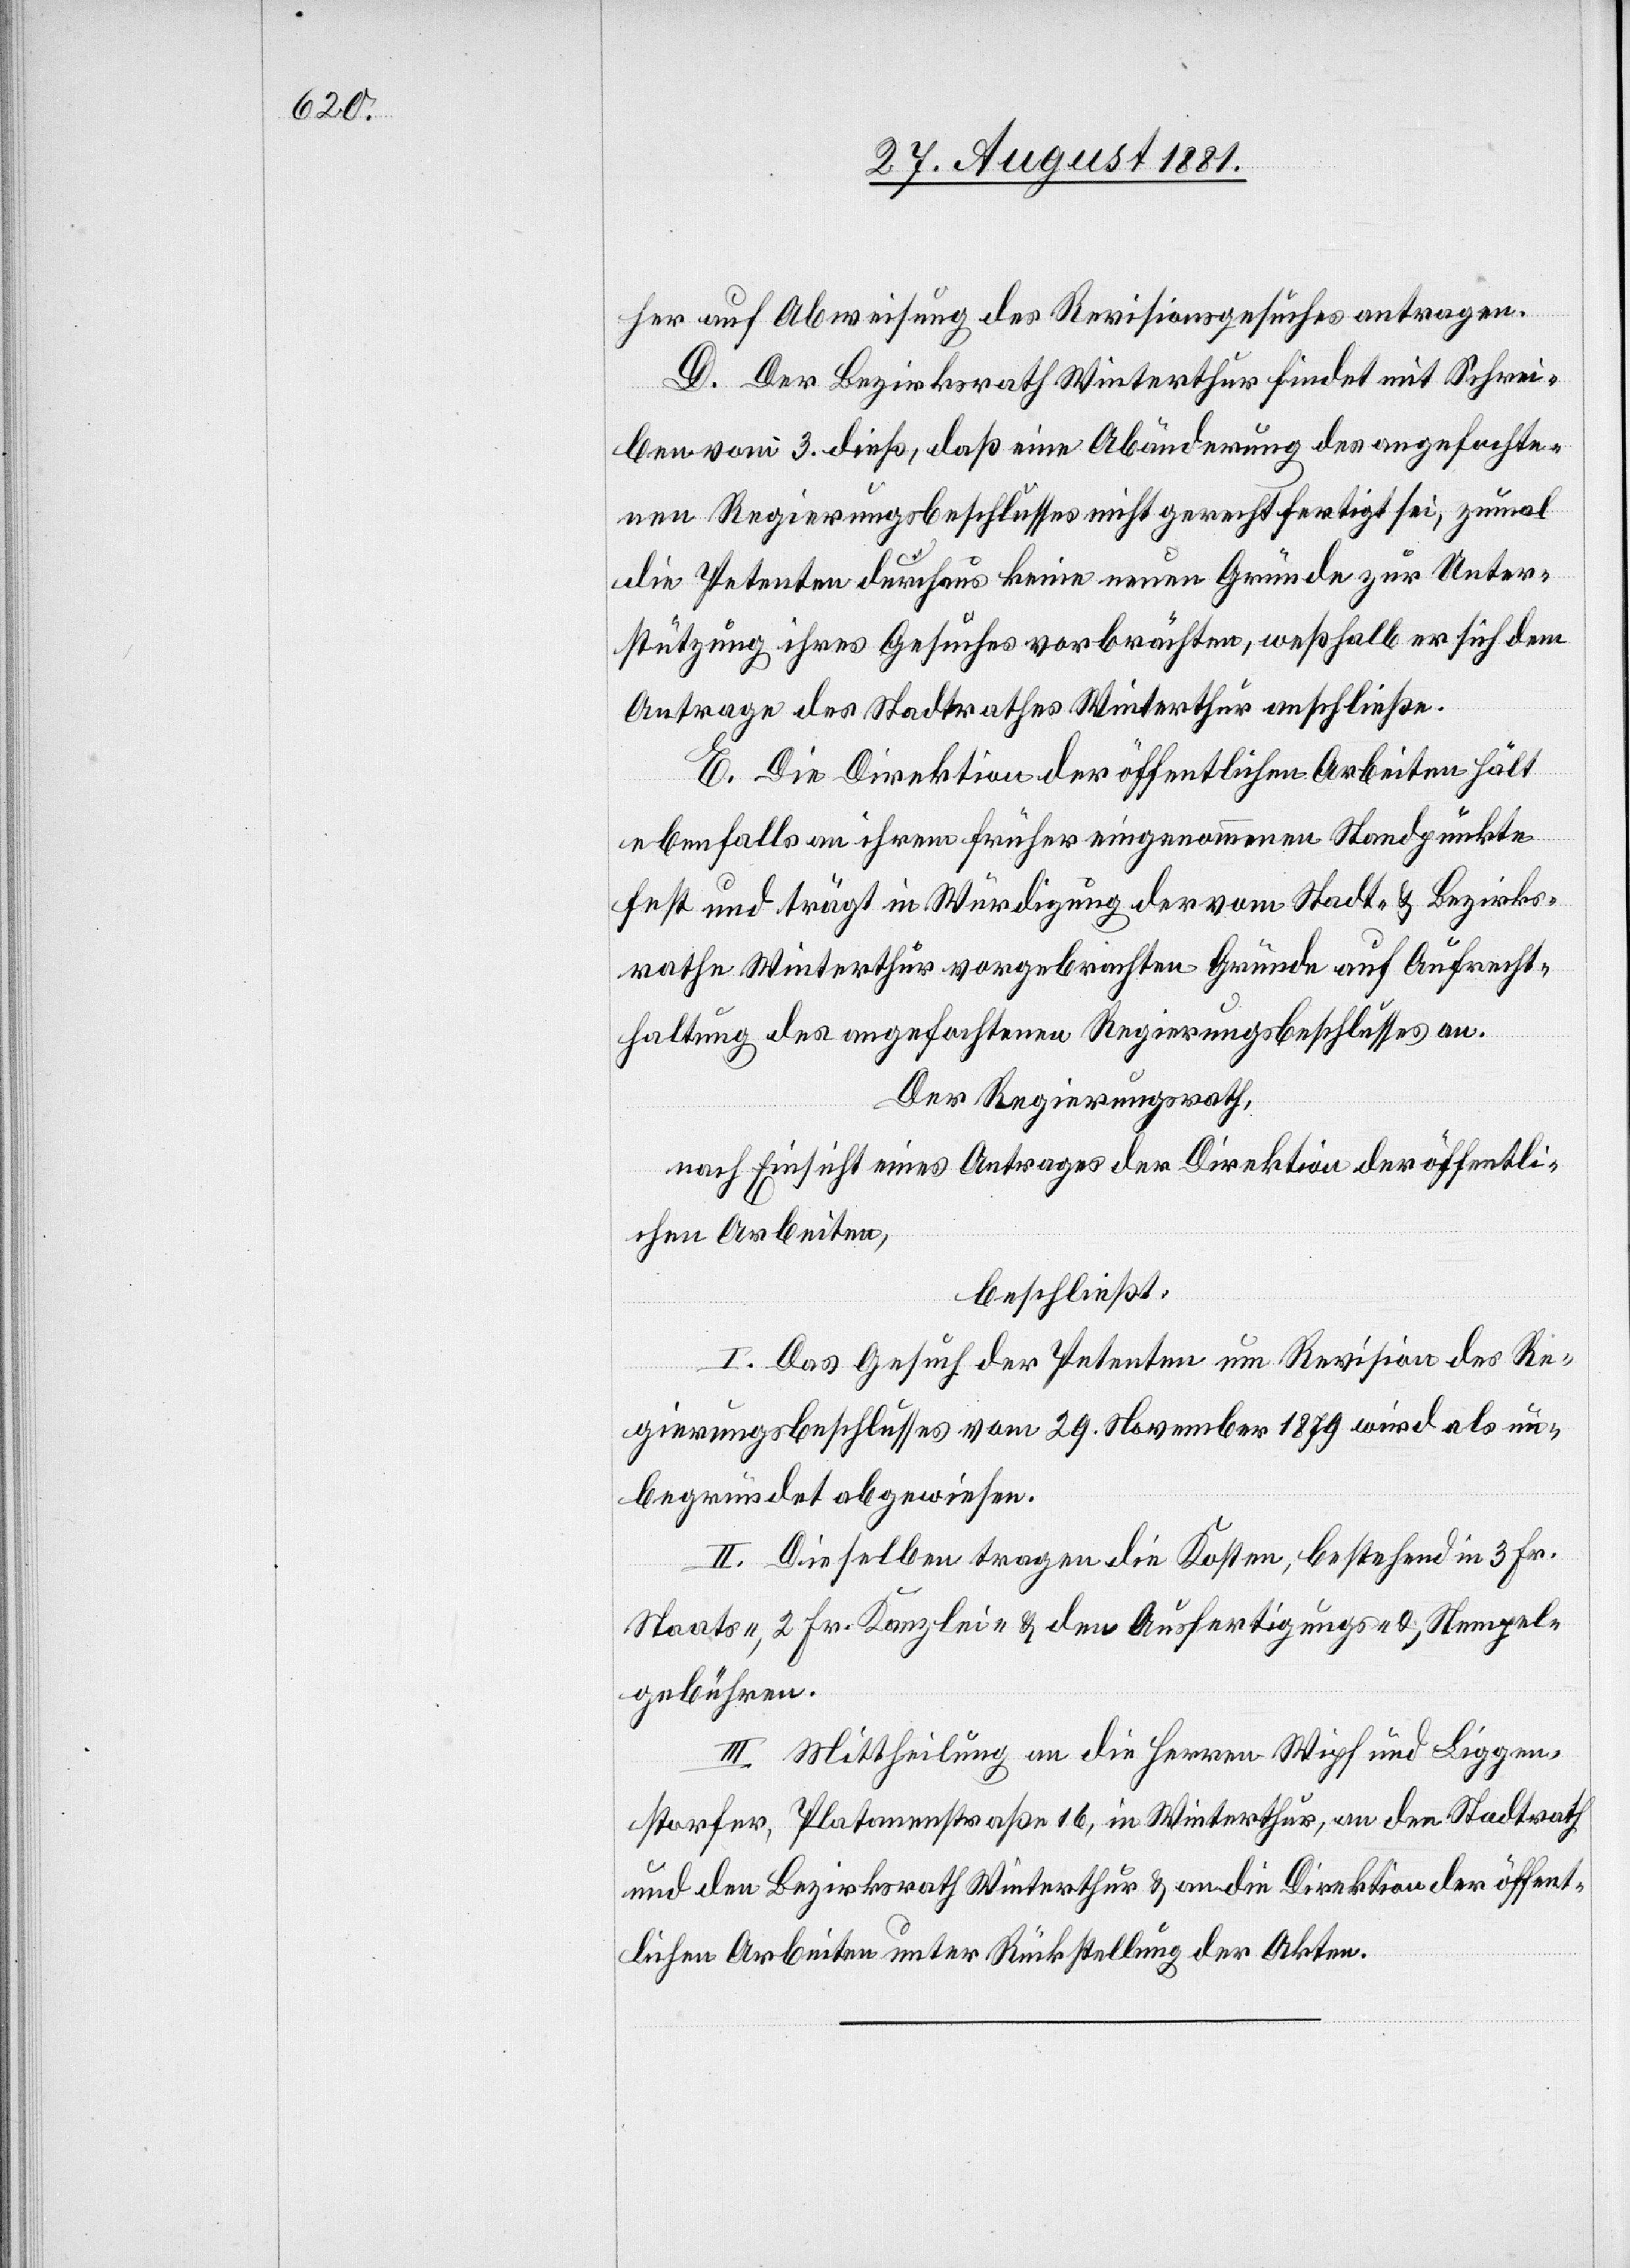
her auf Abweisung des Revisionsgesuches antragen.
D. Der Bezirksrath Winterthur findet mit Schrei¬
ben vom 3. dieß, daß eine Abänderung des angefochte¬
nen Regierungsbeschlusses nicht gerechtfertigt sei, zumal
die Petenten durchaus keine neuen Gründe zur Unter¬
stützung ihres Gesuches vorbrächten, weßhalb er sich dem
Antrage des Stadtrathes Winterthur anschließe.
E. Die Direktion der öffentlichen Arbeiten hält
ebenfalls an ihrem früher eingenommenen Standpunkte
fest und trägt in Würdigung der vom Stadt- & Bezirks¬
rathe Winterthur vorgebrachten Gründe auf Aufrecht¬
haltung des angefochtenen Regierungsbeschlusses an.
Der Regierungsrath,
nach Einsicht eines Antrages der Direktion der öffentli¬
chen Arbeiten,
beschließt:
I. Das Gesuch der Petenten um Revision des Re¬
gierungsbeschlusses vom 29. November 1879 wird als un¬
begründet abgewiesen.
II. Dieselben tragen die Kosten, bestehend in 3. Fr.
Staats-, 2. Fr. Kanzlei- & den Ausfertigungs- & Stempel¬
gebühren.
III. Mittheilung an die Herren Wipf und Liggen¬
storfer, Platanenstraße 16 in Winterthur, an den Stadtrath
und den Bezirksrath Winterthur & an die Direktion der öffent¬
lichen Arbeiten unter Rückstellung der Akten.